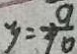
y = \frac { 9 } { 1 0 }